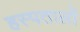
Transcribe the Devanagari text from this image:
हस्पतालों